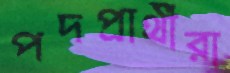
পদপ্রার্থীরা